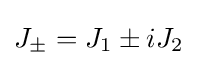
J_{\pm }=J_{1}\pm iJ_{2}